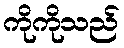
ကိုကိုသည်